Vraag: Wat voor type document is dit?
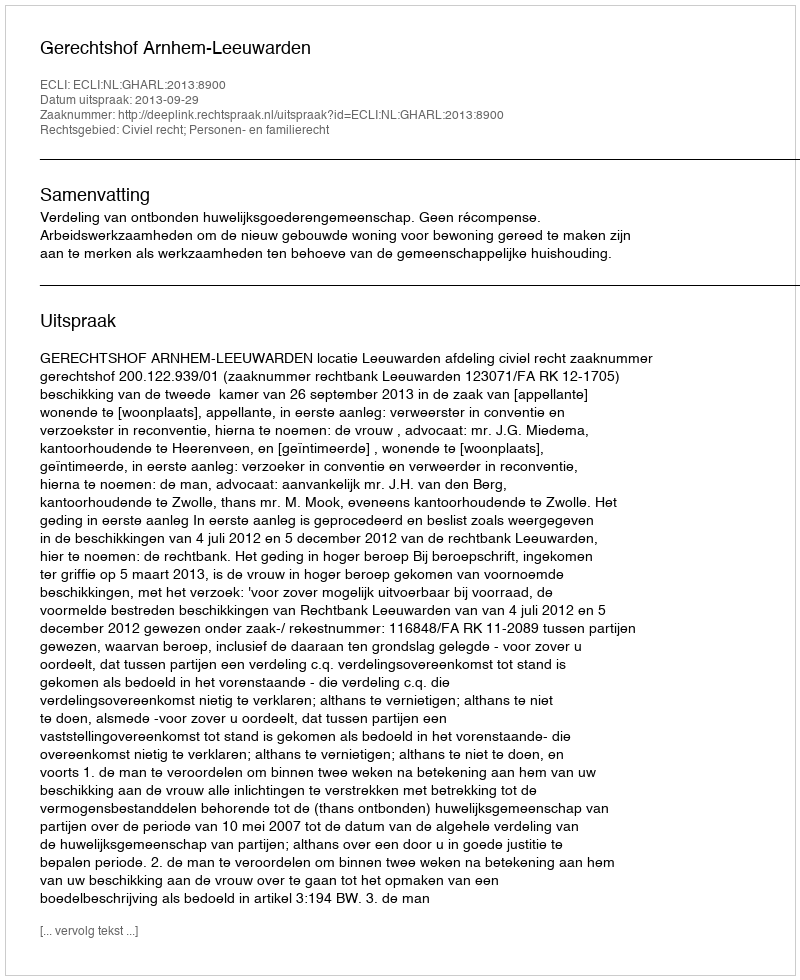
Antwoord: Uitspraak